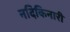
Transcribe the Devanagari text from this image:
नदिकिनारी